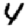
Digit: 4